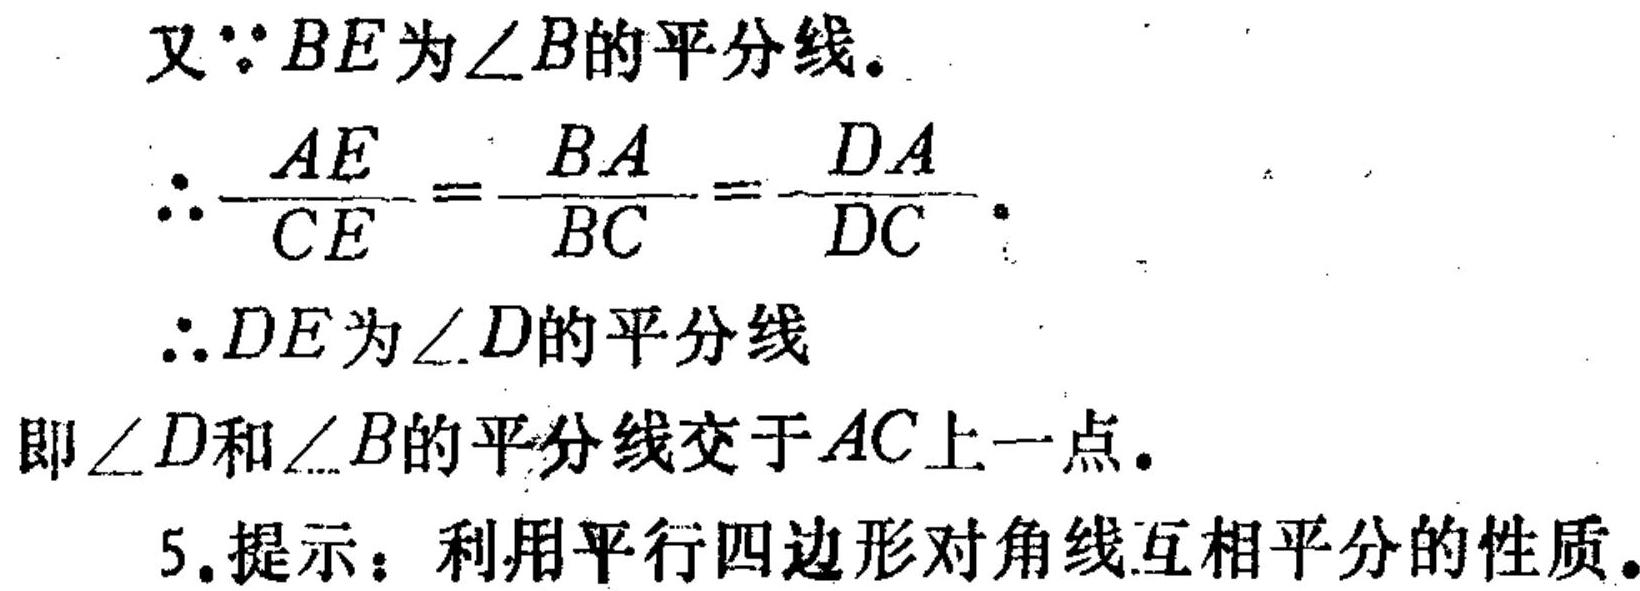
又\(\because BE\)为\(\angle B\)的平分线。
\(\therefore \frac{AE}{CE}=\frac{BA}{BC}=\frac{DA}{DC}\)。
\(\therefore DE\)为\(\angle D\)的平分线
即\(\angle D\)和\(\angle B\)的平分线交于\(AC\)上一点。
5. 提示：利用平行四边形对角线互相平分的性质。